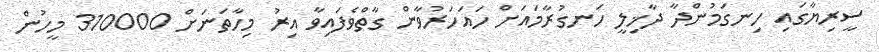
ސީރިޔާގައި ހިނގަމުންދާ ދާޚިލީ ހަނގުރާމައަށް ހައަހަރުވާން ގާތްވެފައިވާ އިރު މިހާތަނަށް 310000 މީހުން